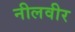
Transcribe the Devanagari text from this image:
नीलवीर